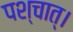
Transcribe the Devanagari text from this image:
पश्चात्‌।